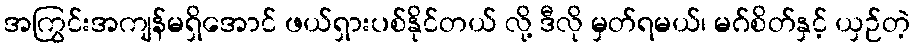
အကြွင်းအကျန်မရှိအောင် ဖယ်ရှားပစ်နိုင်တယ် လို့ ဒီလို မှတ်ရမယ်၊ မဂ်စိတ်နှင့် ယှဉ်တဲ့